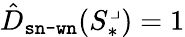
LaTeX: \hat{D}_{\texttt{sn-wn}}(S_{*}^{\lrcorner})=1